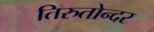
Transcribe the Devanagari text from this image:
तिरुतोन्दर